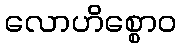
လောဟိစ္စောဝ